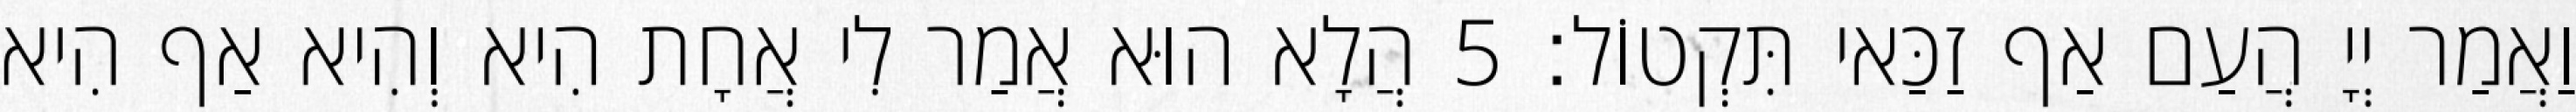
וַאֲמַר יְיָ הֲעַם אַף זַכַּאי תִּקְטוֹל׃ 5 הֲלָא הוּא אֲמַר לִי אֲחָת הִיא וְהִיא אַף הִיא